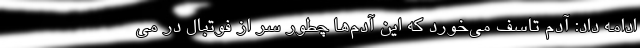
ادامه داد: آدم تاسف می‌خورد که این آدم‌ها چطور سر از فوتبال در می